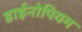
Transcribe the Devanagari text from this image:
डाईनोपियम